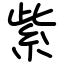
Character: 紫